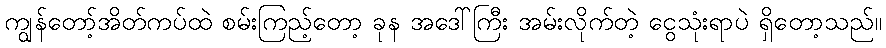
ကျွန်တော့်အိတ်ကပ်ထဲ စမ်းကြည့်တော့ ခုန အဒေါ်ကြီး အမ်းလိုက်တဲ့ ငွေသုံးရာပဲ ရှိတော့သည်။